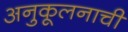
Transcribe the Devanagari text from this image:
अनुकूलनाची